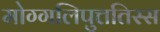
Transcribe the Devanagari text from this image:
मोग्गलिपुत्ततिस्स